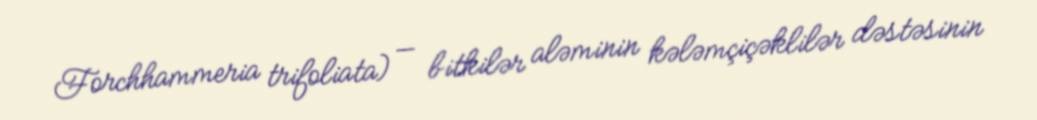
Forchhammeria trifoliata) — bitkilər aləminin kələmçiçəklilər dəstəsinin